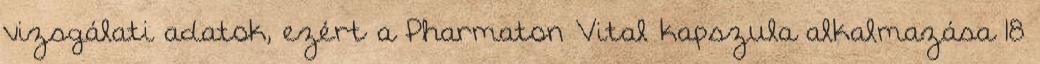
vizsgálati adatok, ezért a Pharmaton Vital kapszula alkalmazása 18